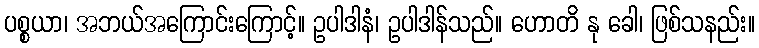
ပစ္စယာ၊ အဘယ်အကြောင်းကြောင့်။ ဥပါဒါနံ၊ ဥပါဒါန်သည်။ ဟောတိ နု ခေါ၊ ဖြစ်သနည်း။